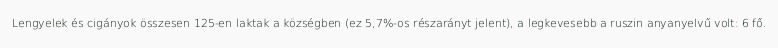
Lengyelek és cigányok összesen 125-en laktak a községben (ez 5,7%-os részarányt jelent), a legkevesebb a ruszin anyanyelvű volt: 6 fő.